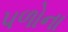
પળોના